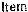
ITEM